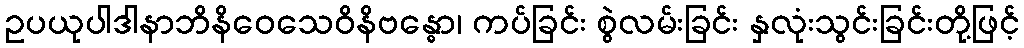
ဥပယုပါဒါနာဘိနိဝေသေဝိနိဗန္ဓော၊ ကပ်ခြင်း စွဲလမ်းခြင်း နှလုံးသွင်းခြင်းတို့ဖြင့်